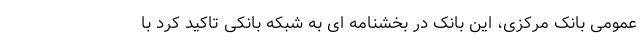
عمومی بانک مرکزی، این بانک در بخشنامه ای به شبکه بانکی تاکید کرد با